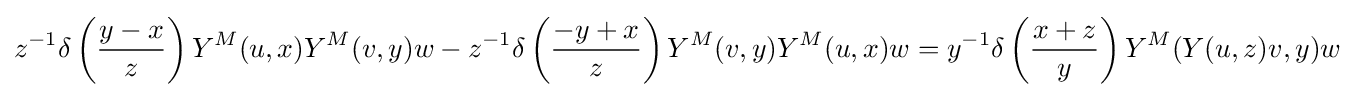
z^{-1}\delta \left({\frac {y-x}{z}}\right)Y^{M}(u,x)Y^{M}(v,y)w-z^{-1}\delta \left({\frac {-y+x}{z}}\right)Y^{M}(v,y)Y^{M}(u,x)w=y^{-1}\delta \left({\frac {x+z}{y}}\right)Y^{M}(Y(u,z)v,y)w